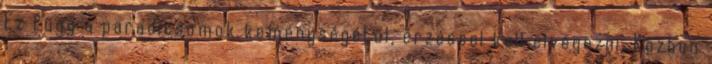
Ez függ a paradicsomok keménységétől, érzéssel kell elvégezni. Közben